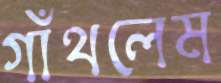
গাঁথলেম